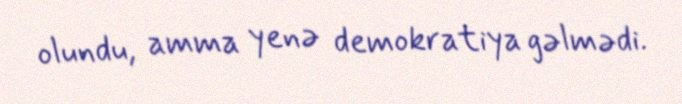
olundu, amma yenə demokratiya gəlmədi.